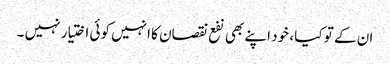
ان کے تو کیا ، خود اپنے بھی نفع نقصان کا انہیں کوئی اختیار نہیں ۔